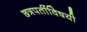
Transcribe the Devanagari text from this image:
छत्रपतींविषयी